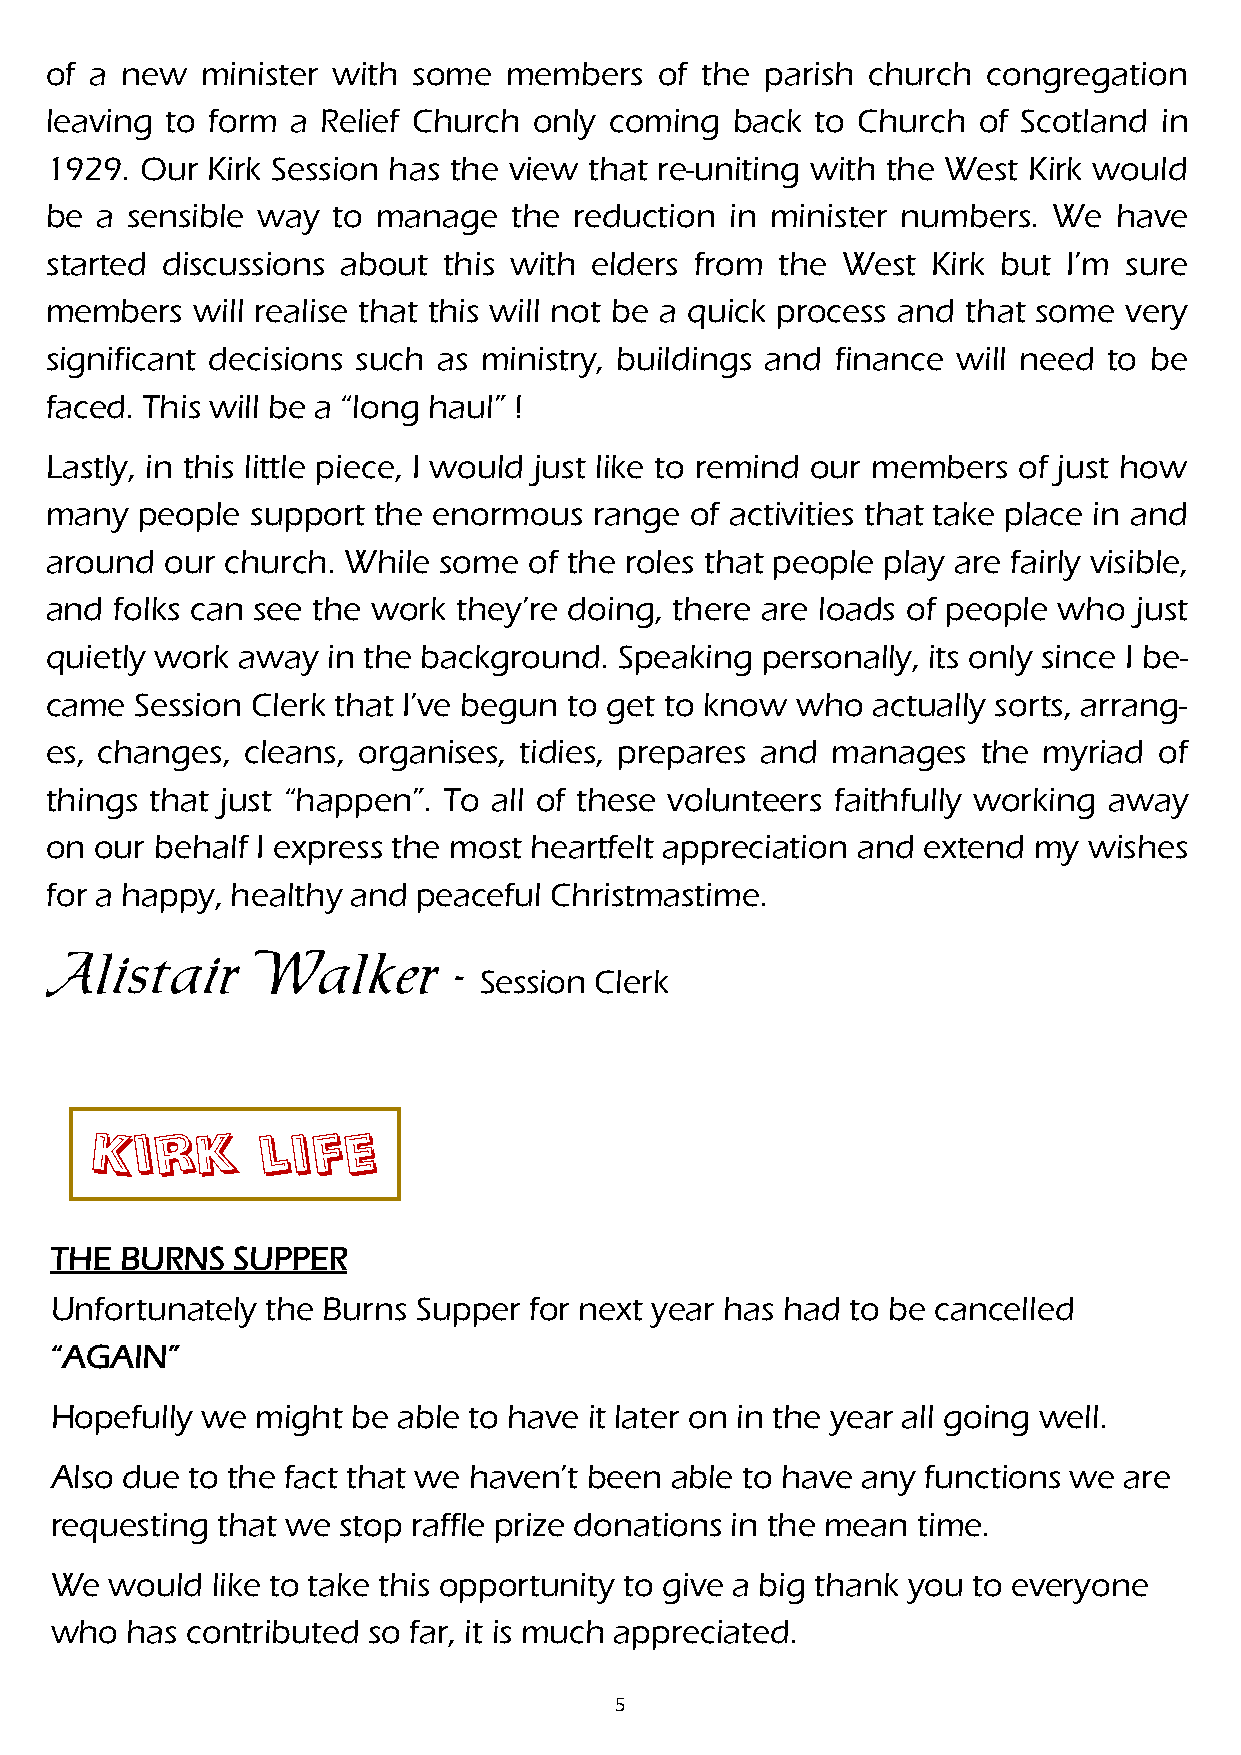
of a new  minister with some   members   of the parish church congregation
 leaving to form a Relief Church only coming   back to Church  of Scotland in
 1929. Our  Kirk Session has the view that re-uniting with the West Kirk would
 be a sensible way  to manage   the reduction in minister numbers.  We  have
 started discussions about this with elders from  the West  Kirk but I’m sure
 members   will realise that this will not be a quick process and that some very
 significant decisions such as ministry, buildings and finance will need to be
 faced. This will be a “long haul” !
 Lastly, in this little piece, I would just like to remind our members of just how
 many  people  support the enormous  range  of activities that take place in and
 around  our church. While some  of the roles that people play are fairly visible,
 and  folks can see the work they’re doing, there are loads of people who just
 quietly work away  in the background. Speaking personally, its only since I be-
 came  Session Clerk that I’ve begun to get to know who actually sorts, arrang-
 es, changes, cleans, organises, tidies, prepares and manages  the myriad  of
 things that just “happen”. To all of these volunteers faithfully working away
 on our behalf I express the most heartfelt appreciation and extend my wishes
 for a happy, healthy and peaceful Christmastime.
 Alistair      Walker       -
 Session Clerk
 Kirk       life
 THE  BURNS  SUPPER
 Unfortunately  the Burns Supper for next year has had to be cancelled
 “AGAIN”
 Hopefully we  might be able to have it later on in the year all going well.
 Also due to the fact that we haven’t been able to have any functions we are
 requesting that we stop raffle prize donations in the mean time.
 We  would  like to take this opportunity to give a big thank you to everyone
 who  has contributed so far, it is much appreciated.
 5